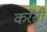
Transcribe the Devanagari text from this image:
कर्रेंसी